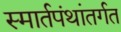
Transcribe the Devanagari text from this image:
स्मार्तपंथांतर्गत